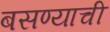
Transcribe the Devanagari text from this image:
बसण्‍याची